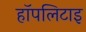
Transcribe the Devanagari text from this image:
हॉपलिटाइ